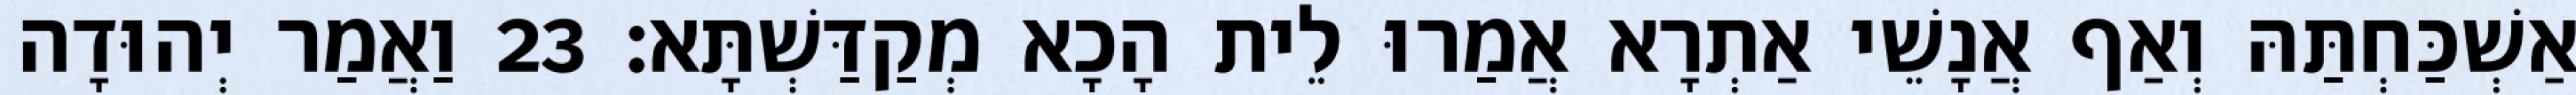
אַשְׁכַּחְתַּהּ וְאַף אֲנָשֵׁי אַתְרָא אֲמַרוּ לֵית הָכָא מְקַדַּשְׁתָּא׃ 23 וַאֲמַר יְהוּדָה